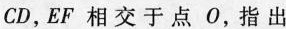
CD，EF相交于点O，指出